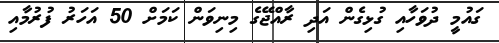
ގައުމީ ދުވަހާއި ގުޅިގެން އަދި ރާއްޖޭގެ މިނިވަން ކަމަށް 50 އަހަރު ފުރުމާއި